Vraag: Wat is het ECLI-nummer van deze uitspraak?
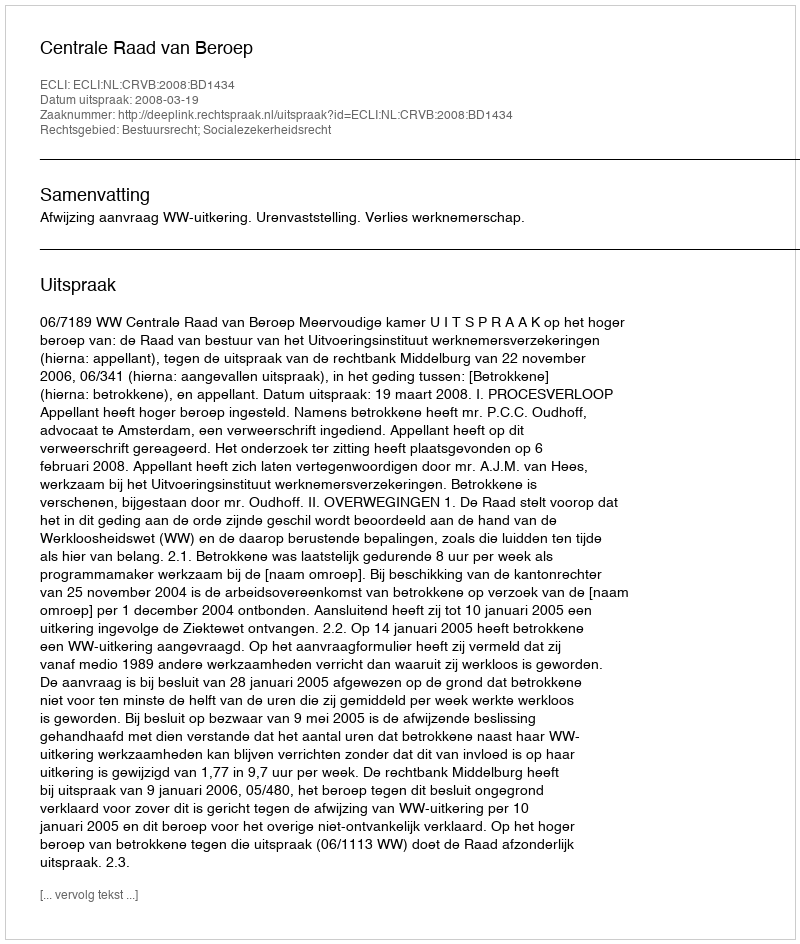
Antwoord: ECLI:NL:CRVB:2008:BD1434